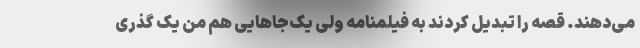
می‌دهند. قصه را تبدیل کردند به فیلمنامه ولی یک‌جاهایی هم من یک گذری